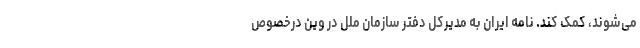
می‌شوند، کمک کند. نامه ایران به مدیرکل دفتر سازمان ملل در وین درخصوص